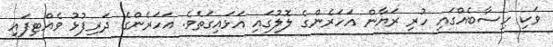
ވަކި ހިސާބެއްގައި ހުރި ރަޔާން އަހަރެންގެ ލޮލުގައި އަޅައިގަތެވެ. އަހަރެންގެ ދަރިފުޅު ވެއްޓިފައި